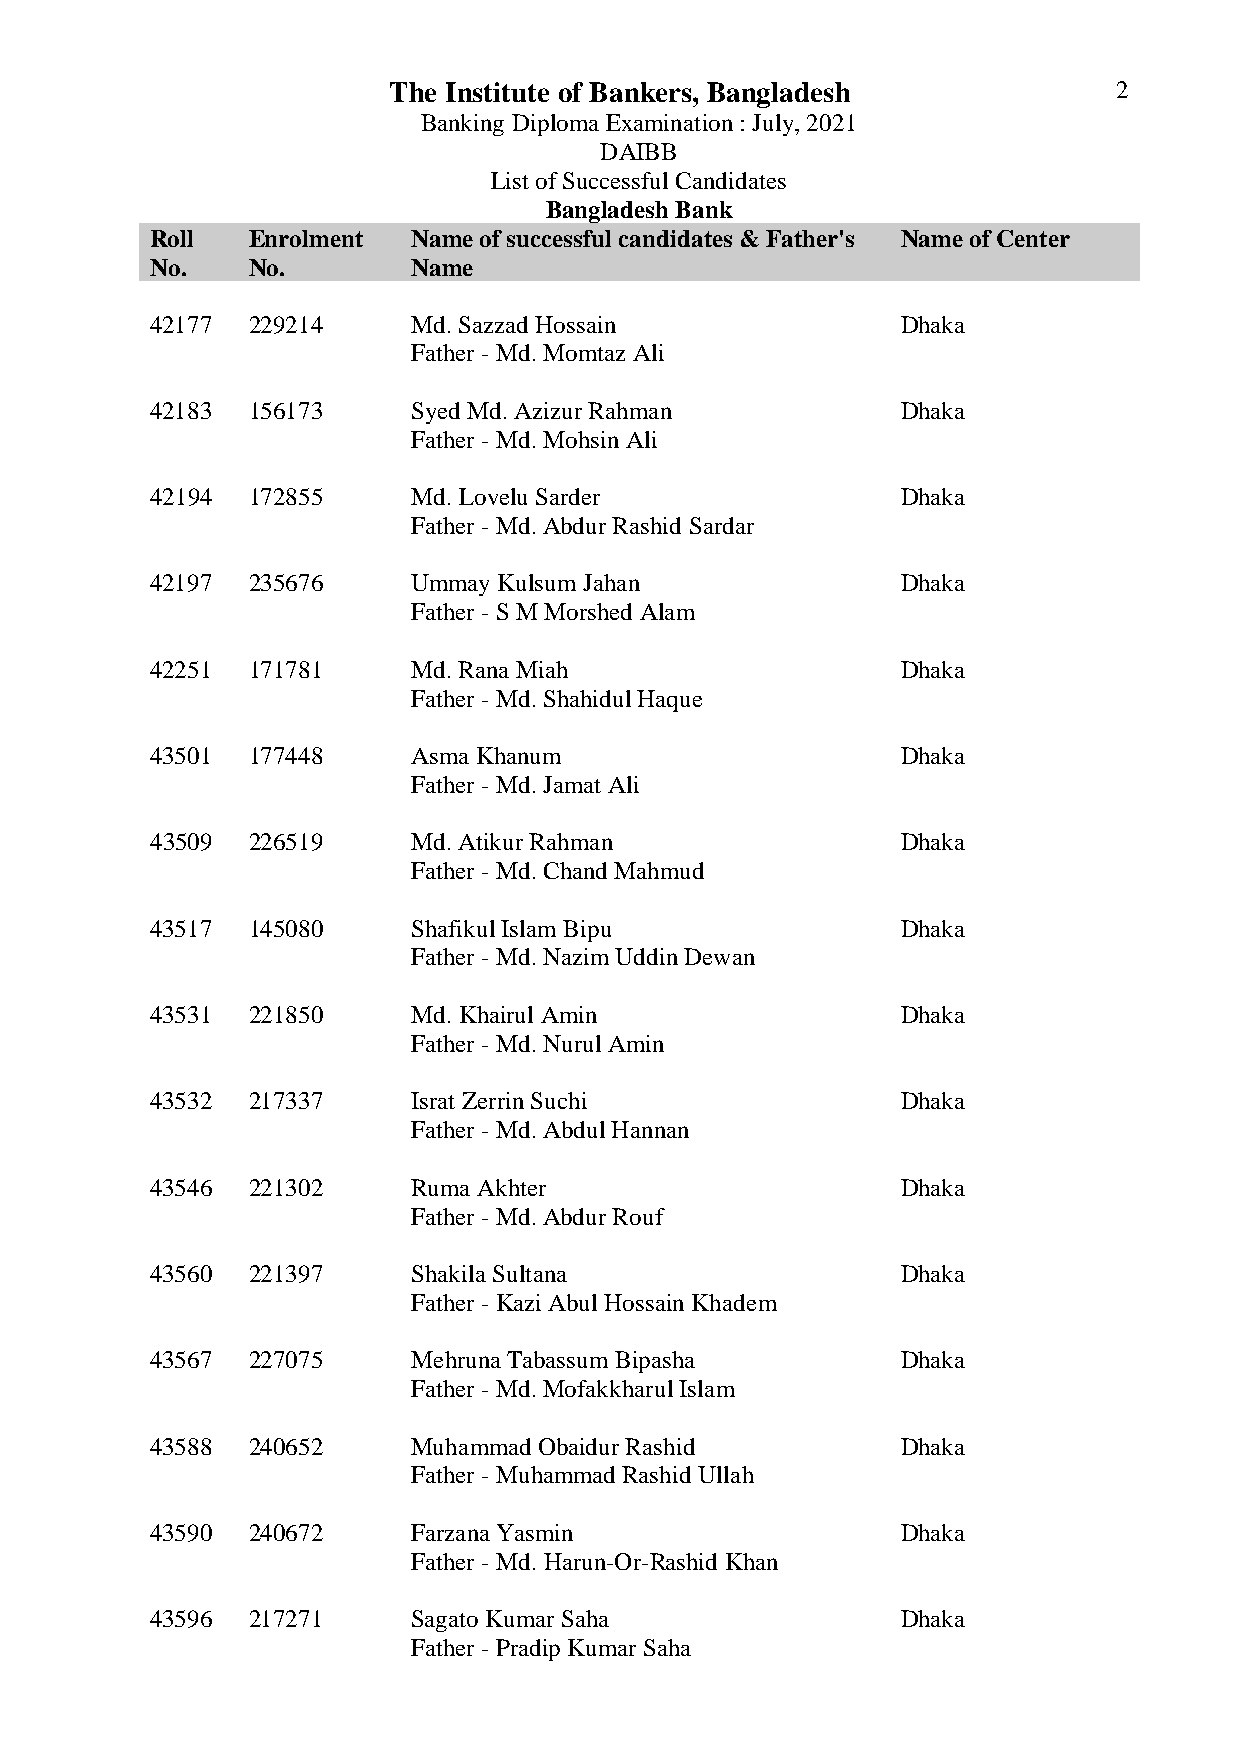
The Institute of Bankers, Bangladesh            2
 Banking Diploma Examination : July, 2021
 DAIBB
 List of Successful Candidates
 Bangladesh Bank
 Roll  Enrolment  Name of successful candidates & Father's Name of Center
 No.   No.        Name
 42177 229214     Md. Sazzad Hossain               Dhaka
 Father - Md. Momtaz Ali
 42183 156173     Syed Md. Azizur Rahman           Dhaka
 Father - Md. Mohsin Ali
 42194 172855     Md. Lovelu Sarder                Dhaka
 Father - Md. Abdur Rashid Sardar
 42197 235676     Ummay Kulsum Jahan               Dhaka
 Father - S M Morshed Alam
 42251 171781     Md. Rana Miah                    Dhaka
 Father - Md. Shahidul Haque
 43501 177448     Asma Khanum                      Dhaka
 Father - Md. Jamat Ali
 43509 226519     Md. Atikur Rahman                Dhaka
 Father - Md. Chand Mahmud
 43517 145080     Shafikul Islam Bipu              Dhaka
 Father - Md. Nazim Uddin Dewan
 43531 221850     Md. Khairul Amin                 Dhaka
 Father - Md. Nurul Amin
 43532 217337     Israt Zerrin Suchi               Dhaka
 Father - Md. Abdul Hannan
 43546 221302     Ruma Akhter                      Dhaka
 Father - Md. Abdur Rouf
 43560 221397     Shakila Sultana                  Dhaka
 Father - Kazi Abul Hossain Khadem
 43567 227075     Mehruna Tabassum Bipasha         Dhaka
 Father - Md. Mofakkharul Islam
 43588 240652     Muhammad Obaidur Rashid          Dhaka
 Father - Muhammad Rashid Ullah
 43590 240672     Farzana Yasmin                   Dhaka
 Father - Md. Harun-Or-Rashid Khan
 43596 217271     Sagato Kumar Saha                Dhaka
 Father - Pradip Kumar Saha